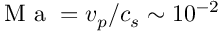
\mathrm { ~ M ~ a ~ } = v _ { p } / c _ { s } \sim 1 0 ^ { - 2 }